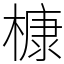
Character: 槺